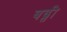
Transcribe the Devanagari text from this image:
बढ्ती